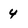
Character: 4